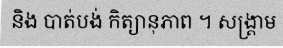
និង បាត់បង់ កិត្យានុភាព ។ សង្គ្រាម